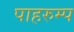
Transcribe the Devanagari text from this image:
पाहरुम्प